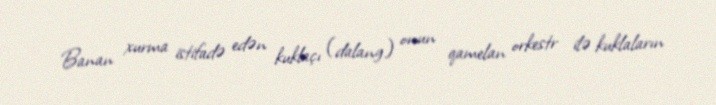
Banan xurma istifadə edən kuklaçı (dalang) onun qamelan orkestr ilə kuklaların